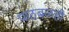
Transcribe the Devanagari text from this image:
पाठबळही